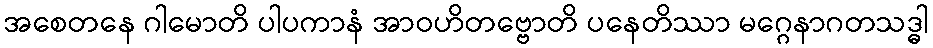
အစေတနေ ဂါမောတိ ပါပကာနံ အာဝဟိတဗ္ဗောတိ ပနေတိဿာ မဂ္ဂေနာဂတသဒ္ဓါ